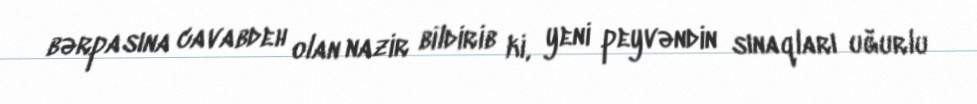
bərpasına cavabdeh olan nazir bildirib ki, yeni peyvəndin sınaqları uğurlu